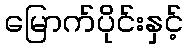
မြောက်ပိုင်းနှင့်